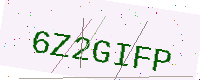
Text: 6Z2GIFP